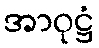
အာဝုဋ္ဌံ